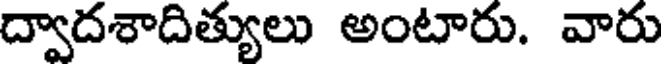
ద్వాదశాదిత్యులు అంటారు. వారు